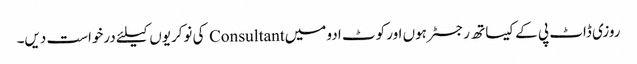
روزی ڈاٹ پی کے کیساتھ رجسٹر ہوں اور کوٹ ادو میں Consultant کی نوکریوں کیلئے درخواست دیں۔